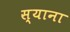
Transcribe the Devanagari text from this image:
स्याना